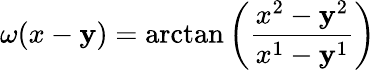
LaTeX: \omega(x-\mathbf{y})=\arctan\left(\frac{{x^{2}-\mathbf{y}^{2}}}{{x^{1}-\mathbf{y}^{1}}}\right)